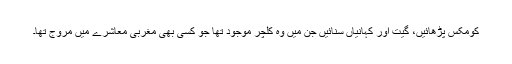
کومکس پڑھائیں، گیت اور کہانیاں سنائیں جن میں وہ کلچر موجود تھا جو کسی بھی مغربی معاشرے میں مروّج تھا۔